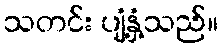
သတင်း ပျံ့နှံ့သည်။